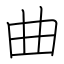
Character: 曲